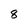
Character: 8